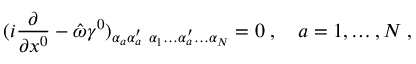
( i { \frac { \partial } { \partial x ^ { 0 } } } - \hat { \omega } \gamma ^ { 0 } ) _ { \alpha _ { a } \alpha _ { a } ^ { \prime } } { \bf \Psi } _ { \alpha _ { 1 } \ldots \alpha _ { a } ^ { \prime } \ldots \alpha _ { N } } = 0 \; , \quad a = 1 , \ldots , N \; ,